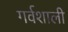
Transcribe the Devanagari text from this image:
गर्वशाली